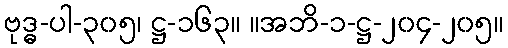
ဗုဒ္ဓ-ပါ-၃၀၅၊ ဋ္ဌ-၁၆၃။ ။အဘိ-၁-ဋ္ဌ-၂၀၄-၂၀၅။